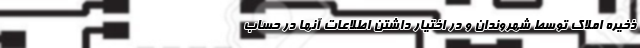
ذخیره املاک توسط شهروندان و در اختیار داشتن اطلاعات آنها در حساب